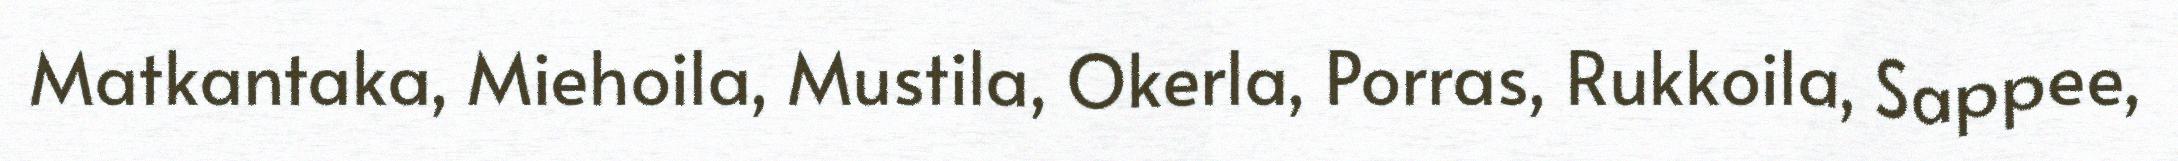
Matkantaka, Miehoila, Mustila, Okerla, Porras, Rukkoila, Sappee,